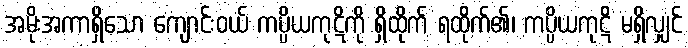
အမိုးအကာရှိသော ကျောင်းဝယ် ကပ္ပိယကုဋိကို ရှိထိုက် ရထိုက်၏၊ ကပ္ပိယကုဋိ မရှိလျှင်